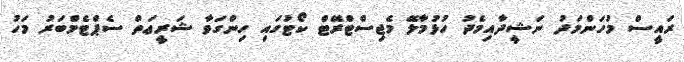
ރައީސް މުހަންމަދު ނަޝީދާއިމެދު ހުޅުމާލޭ މެޖިސްޓްރޭޓް ކޯޓުގައި ހިންގަވާ ޝަރީޢަތް ސެޕްޓެމްބަރު މަހު